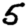
Digit: 5